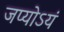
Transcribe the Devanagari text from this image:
जप्योऽयं